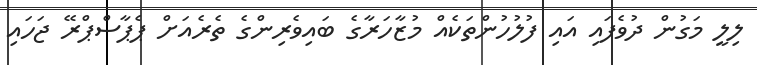
ލިލީ މަގުން ދުވެފައި އައި ފުލުހުންތަކެއް މުޒާހަރާގެ ބައިވެރިންގެ ތެރެއަށް ޕެޕާސްޕްރޭ ޖަހައި